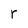
Character: r